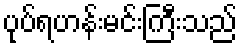
ပုပ်ရဟန်းမင်းကြီးသည်